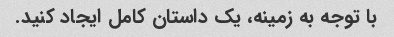
با توجه به زمینه، یک داستان کامل ایجاد کنید.